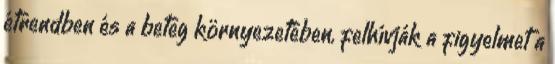
étrendben és a beteg környezetében, felhívják a figyelmet a